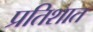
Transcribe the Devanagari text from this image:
प्रतिशात